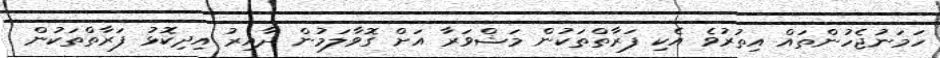
ހަމަނުޖެހުންތައް އިތުރުވެ އެކި ފަރާތްތަކުން މަޝްވަރާ އަށް ގޮވާލަމުން ދާއިރު އިދިކޮޅު ފަރާތްތަކުން